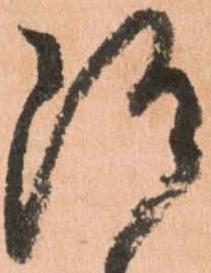
随